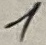
Text: 1